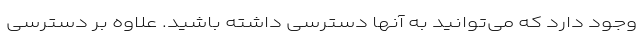
وجود دارد که می‌توانید به آنها دسترسی داشته باشید. علاوه بر دسترسی